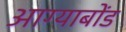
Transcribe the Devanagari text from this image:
आग्याबोंड